Indian journal of veterinary science and animal husbandry - Volume 9,
Year: 1939
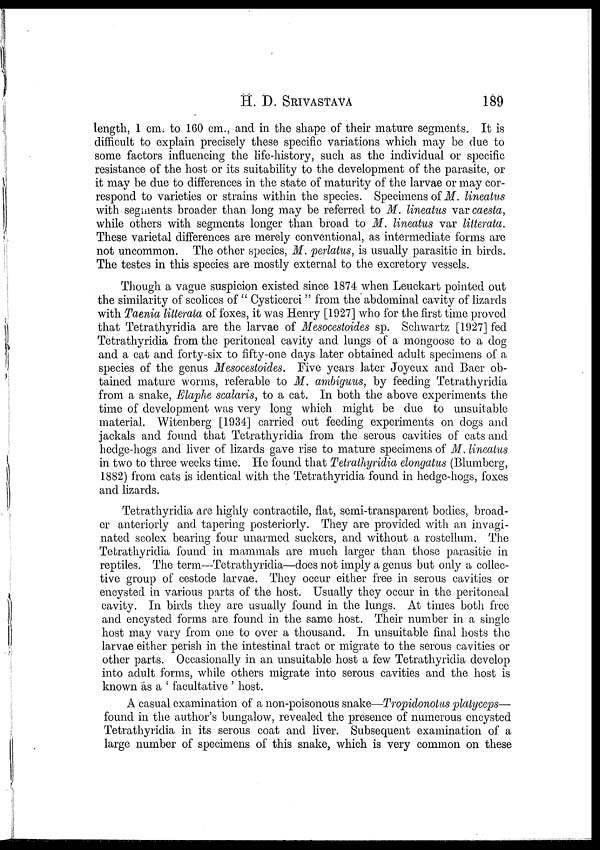
H. D. SRIVASTAVA 189
length, 1 cm. to 160 cm., and in the shape of their mature segments. It is
difficult to explain precisely these specific variations which may be due to
some factors influencing the life-history, such as the individual or specific
resistance of the host or its suitability to the development of the parasite, or
it may be due to differences in the state of maturity of the larvae or may cor-
respond to varieties or strains within the species. Specimens of M. lineatus
with segments broader than long may be referred to M. lineatus var caesta,
while others with segments longer than broad to M. lineatus var litterata.
These varietal differences are merely conventional, as intermediate forms are
not uncommon. The other species, M. perlatus, is usually parasitic in birds.
The testes in this species are mostly external to the excretory vessels.
Though a vague suspicion existed since 1874 when Leuckart pointed out
the similarity of scolices of " Cysticerci " from the abdominal cavity of lizards
with Taenia litterata of foxes, it was Henry [1927] who for the first time proved
that Tetrathyridia are the larvae of Mesocestoides sp. Schwartz [1927] fed
Tetrathyridia from the peritoneal cavity and lungs of a mongoose to a dog
and a cat and forty-six to fifty-one days later obtained adult specimens of a
species of the genus Mesocestoides. Five years later Joyeux and Baer ob-
tained mature worms, referable to M. ambiguus, by feeding Tetrathyridia
from a snake, Elaphe scalaris, to a cat. In both the above experiments the
time of development was very long which might be due to unsuitable
material. Witenberg [1934] carried out feeding experiments on dogs and
jackals and found that Tetrathyridia from the serous cavities of cats and
hedge-hogs and liver of lizards gave rise to mature specimens of M. lineatus
in two to three weeks time. He found that Tetrathyridia elongatus (Blumberg,
1882) from cats is identical with the Tetrathyridia found in hedge-hogs, foxes
and lizards.
Tetrathyridia are highly contractile, flat, semi-transparent bodies, broad-
er anteriorly and tapering posteriorly. They are provided with an invagi¬
nated scolex bearing four unarmed suckers, and without a rostellum. The
Tetrathyridia found in mammals are much larger than those parasitic in
reptiles. The term—Tetrathyridia—does not imply a genus but only a collec-
tive group of cestode larvae. They occur either free in serous cavities or
encysted in various parts of the host. Usually they occur in the peritoneal
cavity. In birds they are usually found in the lungs. At times both free
and encysted forms are found in the same host. Their number in a single
host may vary from one to over a thousand. In unsuitable final hosts the
larvae either perish in the intestinal tract or migrate to the serous cavities or
other parts. Occasionally in an unsuitable host a few Tetrathyridia develop
into adult forms, while others migrate into serous cavities and the host is
known as a ' facultative ' host.
A casual examination of a non-poisonous snake—Tropidonotus platyceps—
found in the author's bungalow, revealed the presence of numerous encysted
Tetrathyridia in its serous coat and liver. Subsequent examination of a
large number of specimens of this snake, which is very common on these